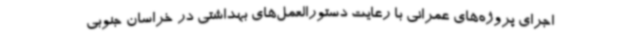
اجرای پروژه‌های عمرانی با رعایت دستورالعمل‌های بهداشتی در خراسان جنوبی